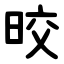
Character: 晈